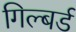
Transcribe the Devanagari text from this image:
गिल्बर्ड